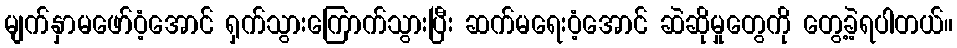
မျက်နှာမဖော်ဝံ့အောင် ရှက်သွားကြောက်သွားပြီး ဆက်မရေးဝံ့အောင် ဆဲဆိုမှုတွေကို တွေ့ခဲ့ရပါတယ်။